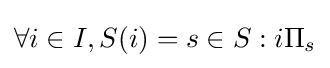
\forall i\in I,S(i)={s\in S:i\Pi _{s}}